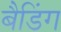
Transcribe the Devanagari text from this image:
बैडिंग